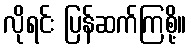
လိုရင်း ပြန်ဆက်ကြစို့။